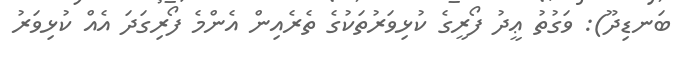
ބަނޑިދޫ): ވަގުތު ޢީދު ފޯރީގެ ކުޅިވަރުތަކުގެ ތެރެއިން އެންމެ ފޯރިގަދަ އެއް ކުޅިވަރު